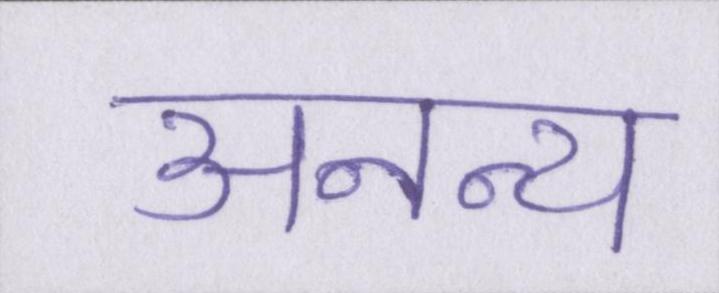
अनन्य